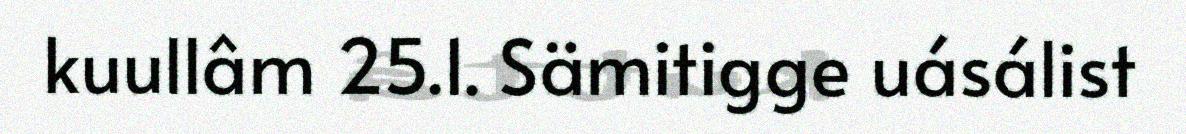
kuullâm 25.1. Sämitigge uásálist